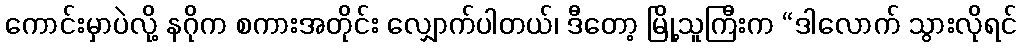
ကောင်းမှာပဲလို့ နဂိုက စကားအတိုင်း လျှောက်ပါတယ်၊ ဒီတော့ မြို့သူကြီးက “ဒါလောက် သွားလိုရင်